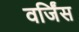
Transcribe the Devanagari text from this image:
वर्जिंस